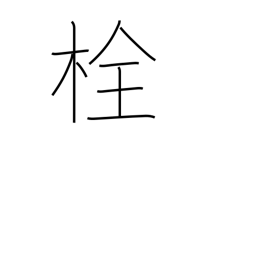
Meaning: plug